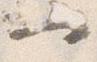
一